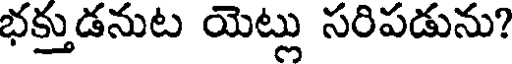
భక్తుడనుట యెట్లు సరిపడును?